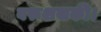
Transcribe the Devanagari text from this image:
बरूशसकी।